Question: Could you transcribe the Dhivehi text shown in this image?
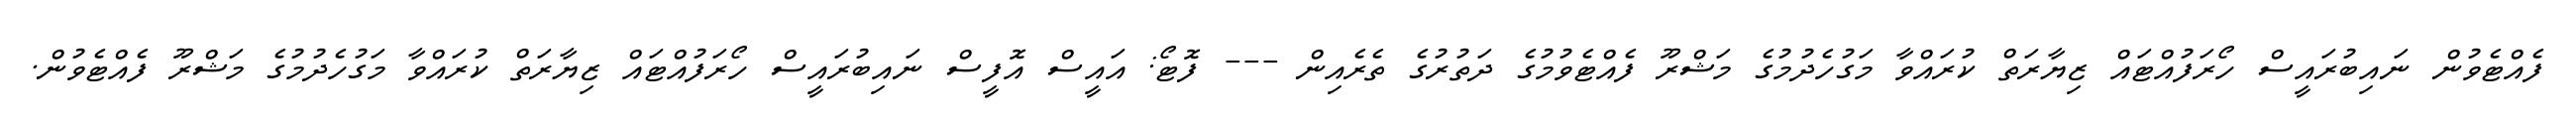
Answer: ފެއްޓެވުން ނައިބުރައީސް ހޯރަފުއްޓައް ޒިޔާރަތް ކުރައްވާ މަގުހެދުމުގެ މަޝްރޫ ފެއްޓެވުމުގެ ދަތުރުގެ ތެރެއިން --- ފޮޓޯ: އައީސް އޮފީސް ނައިބުރައީސް ހޯރަފުއްޓައް ޒިޔާރަތް ކުރައްވާ މަގުހެދުމުގެ މަޝްރޫ ފެއްޓެވުން.